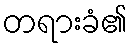
တရားခံ၏